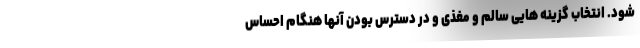
شود. انتخاب گزینه هایی سالم و مغذی و در دسترس بودن آنها هنگام احساس